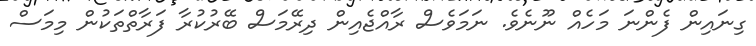
ގިނައިން ފެންނަ މަހެއް ނޫނެވެ. ނަމަވެސް ރާއްޖެއިން ދިރޭމަސް ބޭރުކުރާ ފަރާތްތަކުން މިމަސް